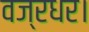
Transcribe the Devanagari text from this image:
वज्रधर।